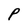
Character: P